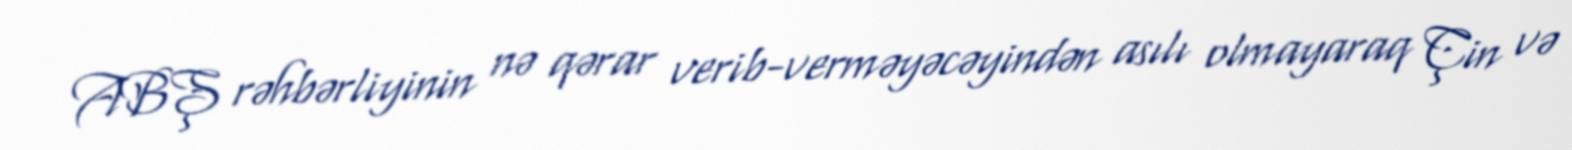
ABŞ rəhbərliyinin nə qərar verib-verməyəcəyindən asılı olmayaraq Çin və